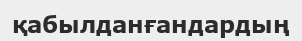
қабылданғандардың